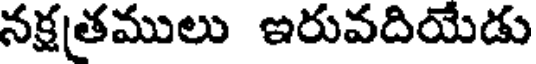
నక్షతములు ఇరువదియేడు